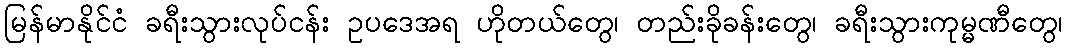
မြန်မာနိုင်ငံ ခရီးသွားလုပ်ငန်း ဥပဒေအရ ဟိုတယ်တွေ၊ တည်းခိုခန်းတွေ၊ ခရီးသွားကုမ္မဏီတွေ၊